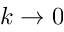
k \rightarrow 0